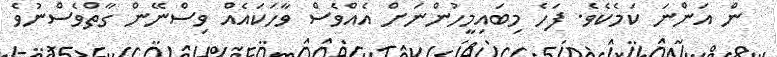
ން އަންނަ ކަމެކެވެ. ފަހެ މިބައިމީހުންނަށް އެއްވެސް ވާހަކައެއް ވިސްނޭން ގާތްވެސްނުވެ